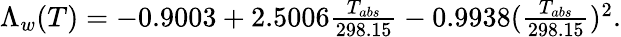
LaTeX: \begin{array}{r}{\Lambda_{w}(T)=-0.9003+2.5006\frac{T_{abs}}{298.15}-0.9938(\frac{T_{abs}}{298.15})^{2}.}\end{array}